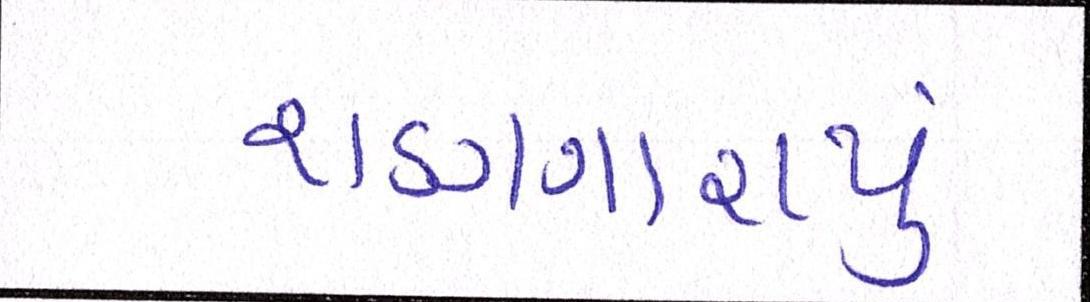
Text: શણગારાયું